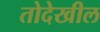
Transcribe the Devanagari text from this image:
तोदेखील